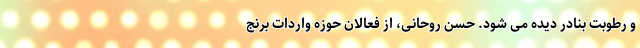
و رطوبت بنادر دیده می شود. حسن روحانی، از فعالان حوزه واردات برنج